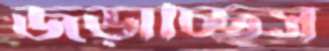
জড়াচ্ছিস